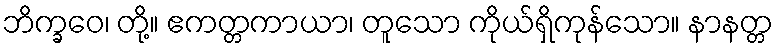
ဘိက္ခဝေ၊ တို့။ ဧကတ္တကာယာ၊ တူသော ကိုယ်ရှိကုန်သော။ နာနတ္တ